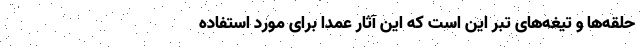
حلقه‌ها و تیغه‌های تبر این است که این آثار عمدا برای مورد استفاده